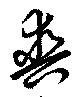
爽